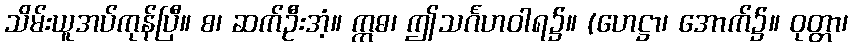
သိမ်းယူအပ်ကုန်ပြီ။ စ၊ ဆက်ဦးအံ့။ ဣဓ၊ ဤသင်္ဂဟဝါရ၌။ (ဟေဋ္ဌာ၊ အောက်၌။ ဝုတ္တာ၊